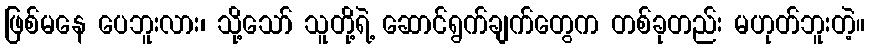
ဖြစ်မနေ ပေဘူးလား၊ သို့သော် သူတို့ရဲ့ ဆောင်ရွက်ချက်တွေက တစ်ခုတည်း မဟုတ်ဘူးတဲ့။